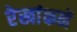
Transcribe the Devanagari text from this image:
रेखांकने